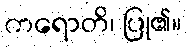
ကရောတိ၊ ပြု၏။